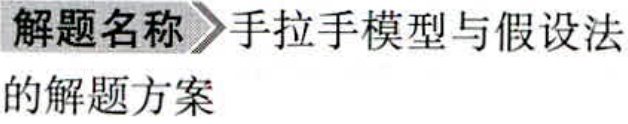
\textbf{解题名称} 〉手拉手模型与假设法的解题方案